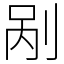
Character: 剐